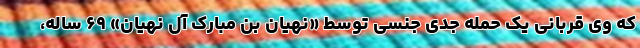
که وی قربانی یک حمله جدی جنسی توسط «نهیان بن مبارک آل نهیان» ۶۹ ساله،